Document type: Sale
Year: 1226
Scribe: Ramon d'Om
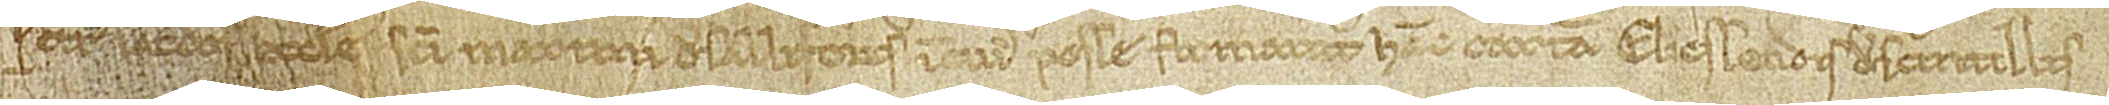
Petrus, sacerdos ecclesie Sancti Martini de Sallifores, in cuius posse firmavit hanc cartam Elicssendis de Scintillis